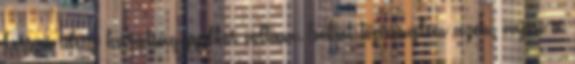
hosszú ideig barátsággyilkos voltam. Sokat töprengtem azon, vajon a